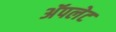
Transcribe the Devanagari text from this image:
अॅपलेट